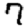
Digit: 7